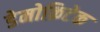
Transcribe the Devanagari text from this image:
डेमोक्रिटेक